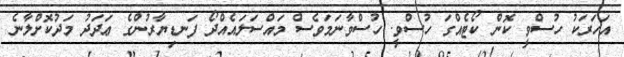
އަހަރަކު ހުސްވީ ކޮން ކޯޓެއްގަ ހުސްވީ. ހުސްވާނަމަވެސް މައްސަލައެއްދޯ ފަނޑިޔާރުންގެ ޢަދަދު މަދުކޮށްލާނެ